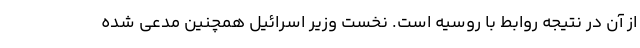
از آن در نتیجه روابط با روسیه است. نخست وزیر اسرائیل همچنین مدعی شده